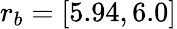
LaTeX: r_{b}=[5.94,6.0]